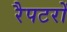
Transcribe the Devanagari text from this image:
रैपटरों